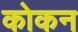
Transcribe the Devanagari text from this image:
कोकन